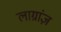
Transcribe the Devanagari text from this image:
लाग्रांज़